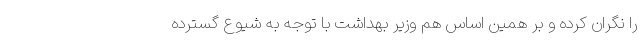
را نگران کرده و بر همین اساس هم وزیر بهداشت با توجه به شیوع گسترده